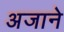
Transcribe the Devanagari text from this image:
अजाने